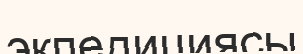
экпедициясы